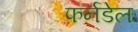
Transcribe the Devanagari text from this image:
फर्नडेल